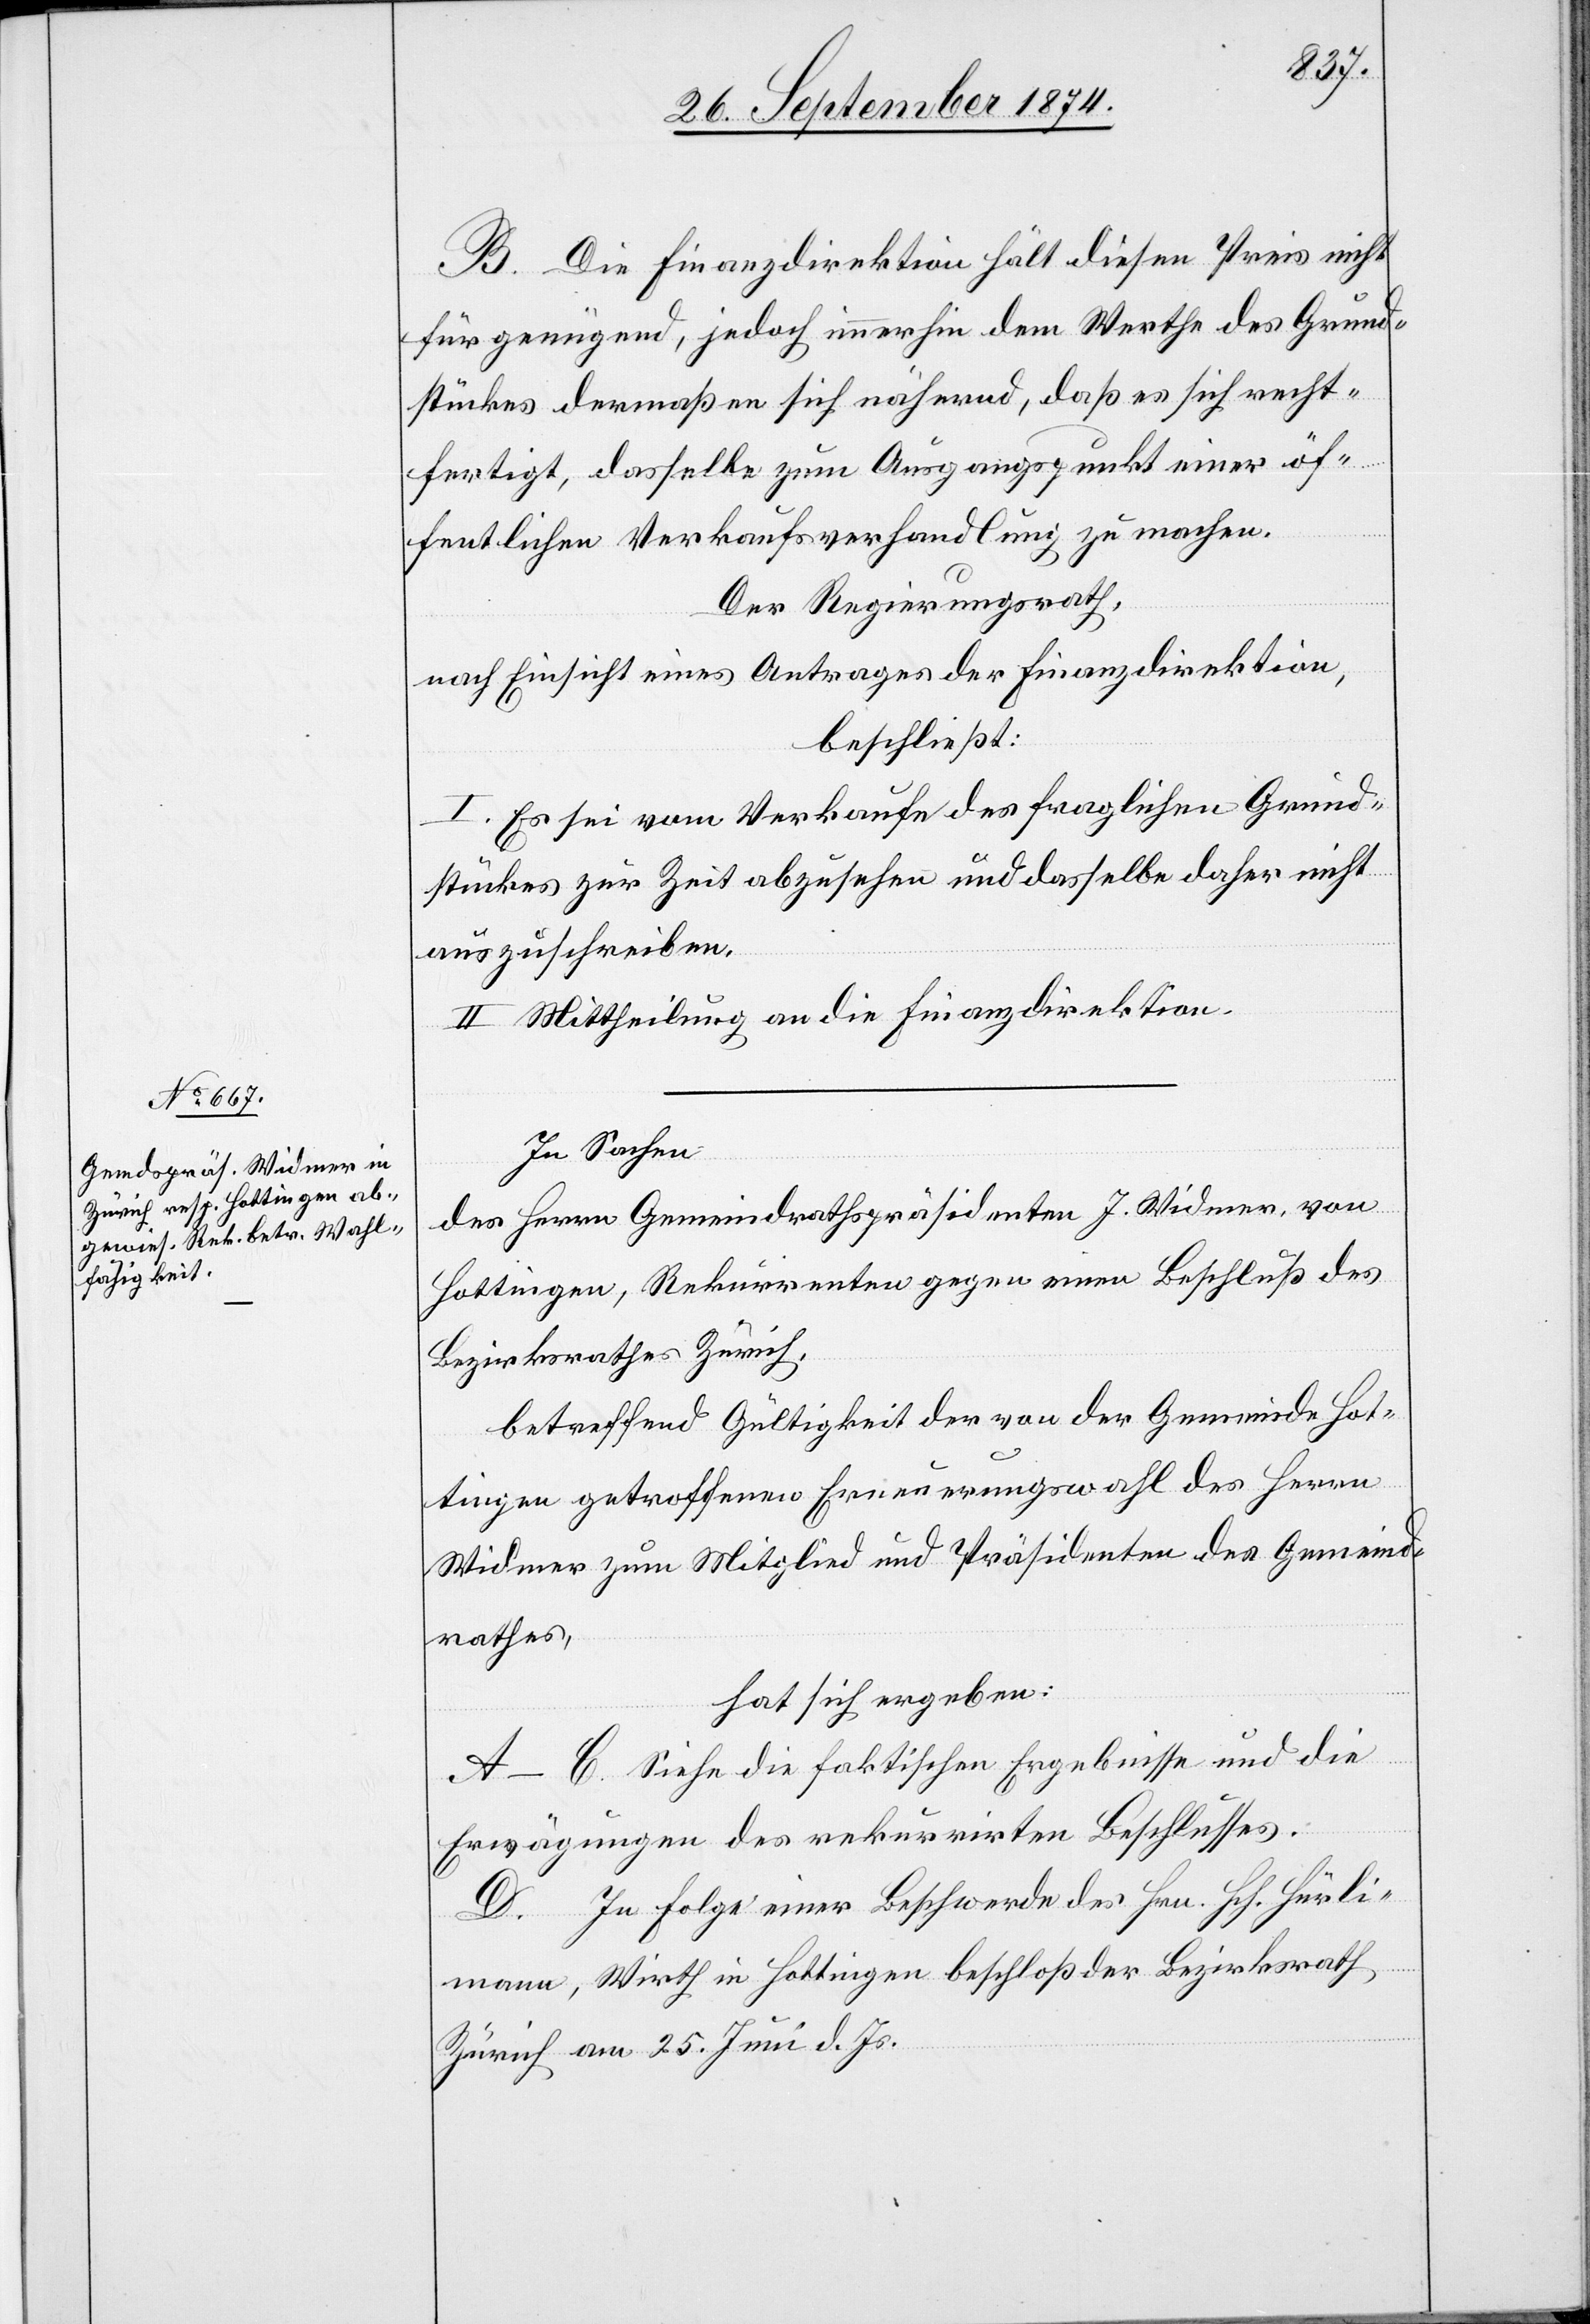
B. Die Finanzdirektion hält diesen Preis nicht
für genügend, jedoch immerhin dem Werthe des Grund¬
stückes dermaßen sich nähernd, daß es sich recht¬
fertigt, dasselbe zum Ausgangspunkt einer öf¬
fentlichen Verkaufsverhandlung zu machen.
Der Regierungsrath,
nach Einsicht eines Antrages der Finanzdirektion,
beschließt:
I. Es sei vom Verkaufe des fraglichen Grund¬
stückes zur Zeit abzusehen und dasselbe daher nicht
auszuschreiben.
II. Mittheilung an die Finanzdirektion.
In Sachen
des Herrn Gemeindrathspräsidenten J. Widmer, von
Hottingen, Rekurrenten gegen einen Beschluß des
Bezirksrathes Zürich.
betreffend Gültigkeit der von der Gemeinde Hot¬
tingen getroffenen Erneuerungswahl des Herrn
Widmer zum Mitglied und Präsidenten des Gemeind¬
rathes,
hat sich ergeben:
A–C. Siehe die faktischen Ergebnisse und die
Erwägungen des rekurrirten Beschlusses.
D. In Folge einer Beschwerde des Hrn. Hch. Hürli¬
mann, Wirth in Hottingen beschloß der Bezirksrath
Zürich am 25. Juni d. Js.